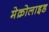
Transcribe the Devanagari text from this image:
मेक्रोलाइड